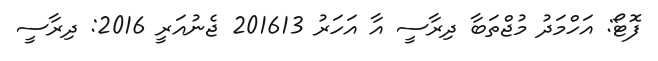
ފޮޓޯ: އަހްމަދު މުޖްތަބާ ދިރާސީ އާ އަހަރު 201613 ޖެނުއަރީ 2016: ދިރާސީ